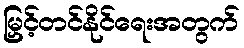
မြှင့်တင်နိုင်ရေးအတွက်